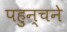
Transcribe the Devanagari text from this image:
पहुन्चने